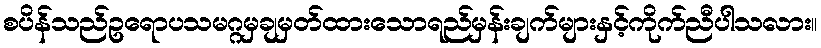
စပိန်သည်ဥရောပသမဂ္ဂမှချမှတ်ထားသောရည်မှန်းချက်များနှင့်ကိုက်ညီပါသလား။